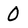
Character: 0